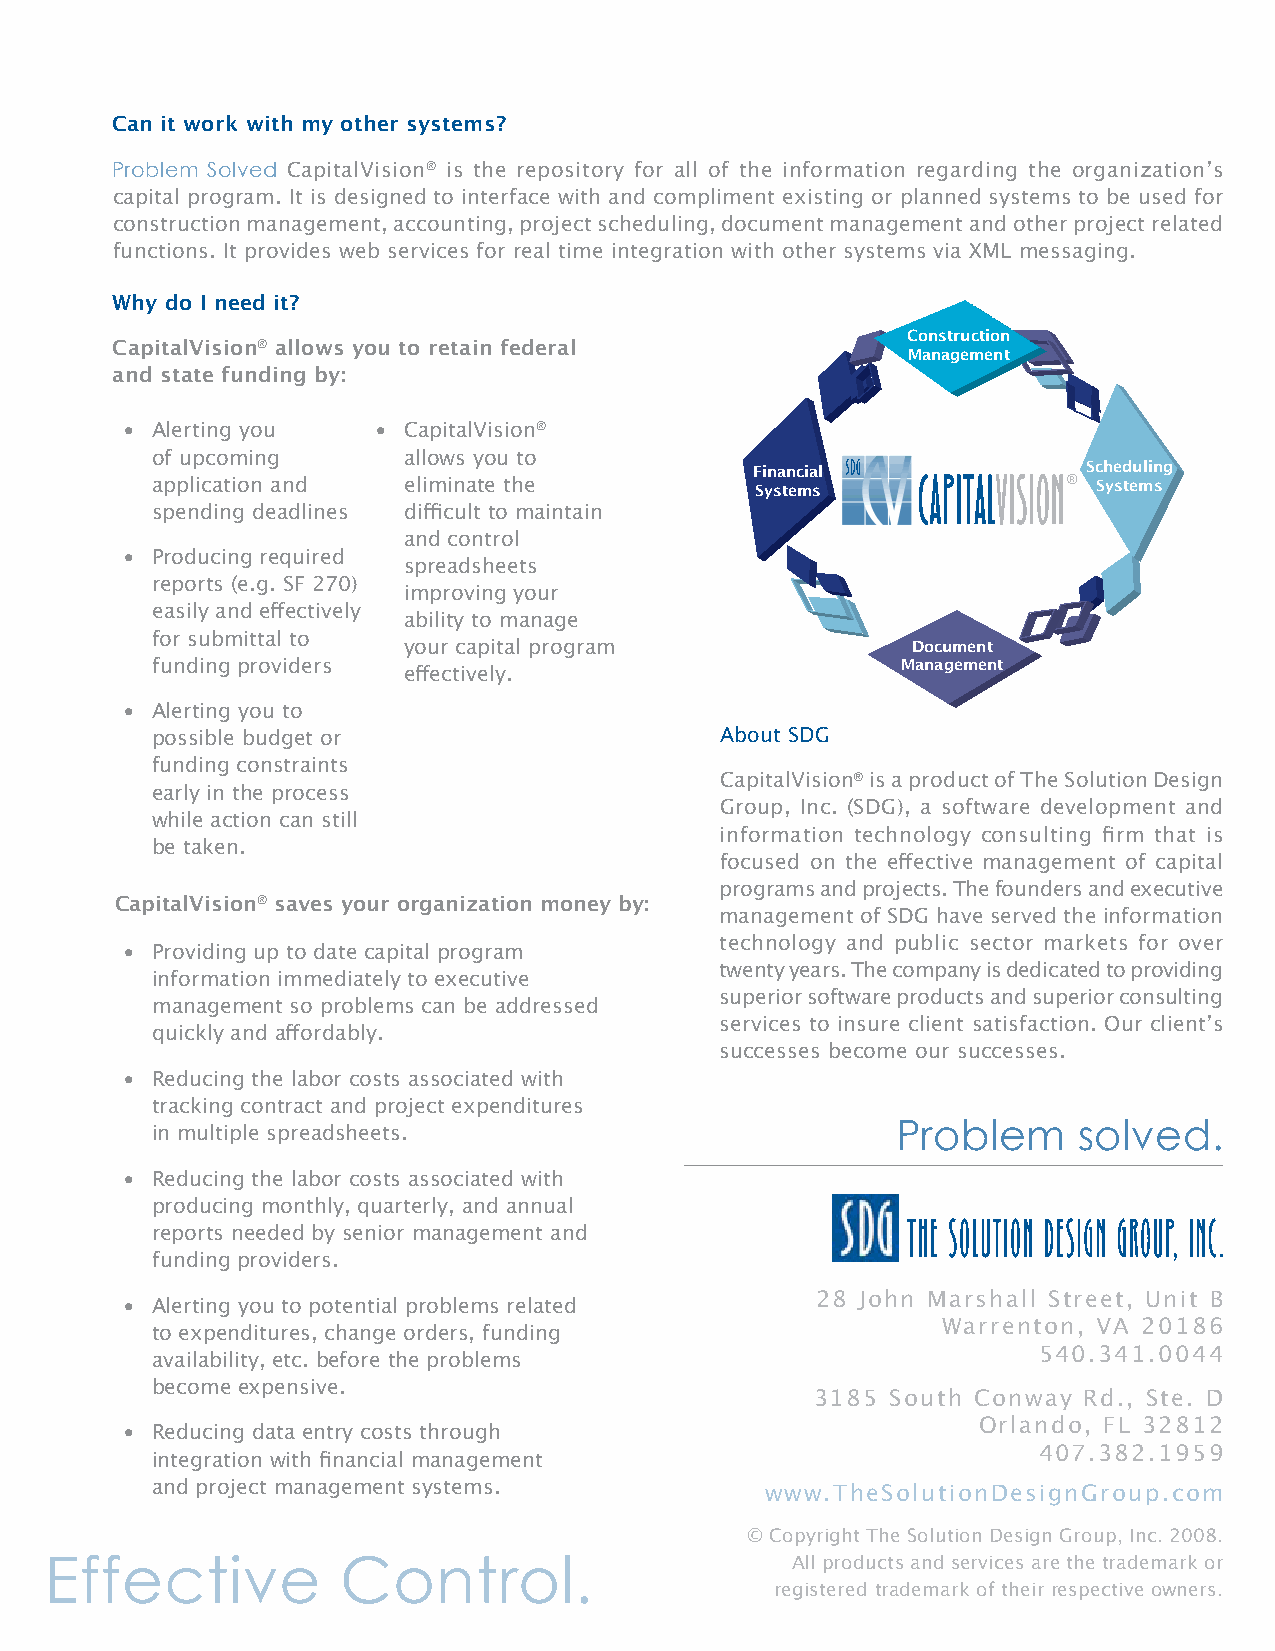
Grants              BOnDs           matchinG    funDs      user   fees
 Can it work with my other systems?                                                                                               ®
 Problem Solved CapitalVision® is the repository for all of the information regarding the organization’s
 capital program. It is designed to interface with and compliment existing or planned systems to be used for
 construction management, accounting, project scheduling, document management and other project related
 functions. It provides web services for real time integration with other systems via XML messaging.
 Why do I need it?
 Construction
 CapitalVision® allows you to retain federal
 Management
 and state funding by:
 • Alerting you   • CapitalVision®
 of upcoming      allows you to          Financial            ® Scheduling
 application and  eliminate the          Systems                Systems
 spending deadlines difficult to maintain
 and control
 • Producing required
 spreadsheets
 ®
 reports (e.g. SF 270)                                                               caPitaLVisiOn  manages
 improving your
 easily and effectively                                                                                                                            ®
 ability to manage
 for submittal to your capital program             Document                          and illustrates your capital
 funding providers                                 Management
 effectively.
 investment lifecycle.
 • Alerting you to
 possible budget or                    About SDG
 funding constraints                            ®
 CapitalVision is a product of The Solution Design
 early in the process
 Group, Inc. (SDG), a software development and
 while action can still
 information technology consulting firm that is
 be taken.
 focused on the effective management of capital
 programs and projects. The founders and executive
 CapitalVision® saves your organization money by:
 management of SDG have served the information
 technology and public sector markets for over
 • Providing up to date capital program
 twenty years. The company is dedicated to providing
 information immediately to executive
 superior software products and superior consulting
 management so problems can be addressed
 services to insure client satisfaction. Our client’s
 quickly and affordably.
 successes become our successes.
 • Reducing the labor costs associated with
 tracking contract and project expenditures
 Problem     solved.                                                                                      .
 Problem      solved
 in multiple spreadsheets.
 • Reducing the labor costs associated with
 producing monthly, quarterly, and annual
 reports needed by senior management and
 funding providers.
 28 John Marshall Street, Unit B
 • Alerting you to potential problems related
 to expenditures, change orders, funding             Warrenton, VA 20186
 availability, etc. before the problems                     540.341.0044
 become expensive.
 3185 South Conway Rd., Ste. D
 Orlando, FL 32812
 • Reducing data entry costs through
 407.382.1959                                                                                .
 integration with financial management
 Problem                   solved
 and project management systems.
 www.TheSolutionDesignGroup.com
 © Copyright The Solution Design Group, Inc. 2008.
 Effective           Control.
 All products and services are the trademark or
 registered trademark of their respective owners.
 P
 R
 O
 J
 E
 C
 T
 S
 C
 O
 N
 T
 R
 A
 C
 T
 S